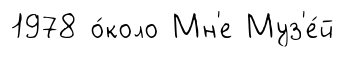
1978 о́коло Мн'е Муз'е́й